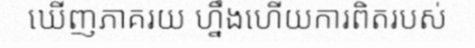
ឃើញភាគរយ ហ្នឹងហើយការពិតរបស់